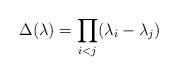
LaTeX: \begin{align*}\Delta(\lambda) = \prod_{i<j}(\lambda_i-\lambda_j)\end{align*}